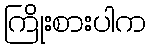
ကြိုးစားပါက